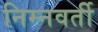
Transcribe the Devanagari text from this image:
निम्नवर्ती